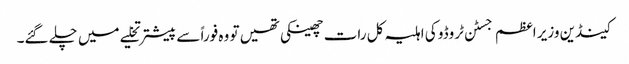
کینڈین وزیر اعظم جسٹن ٹروڈو کی اہلیہ کل رات چھینکی تھیں تو وہ فوراً سے پیشتر تخلیے میں چلے گئے۔